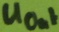
Text: UOUT